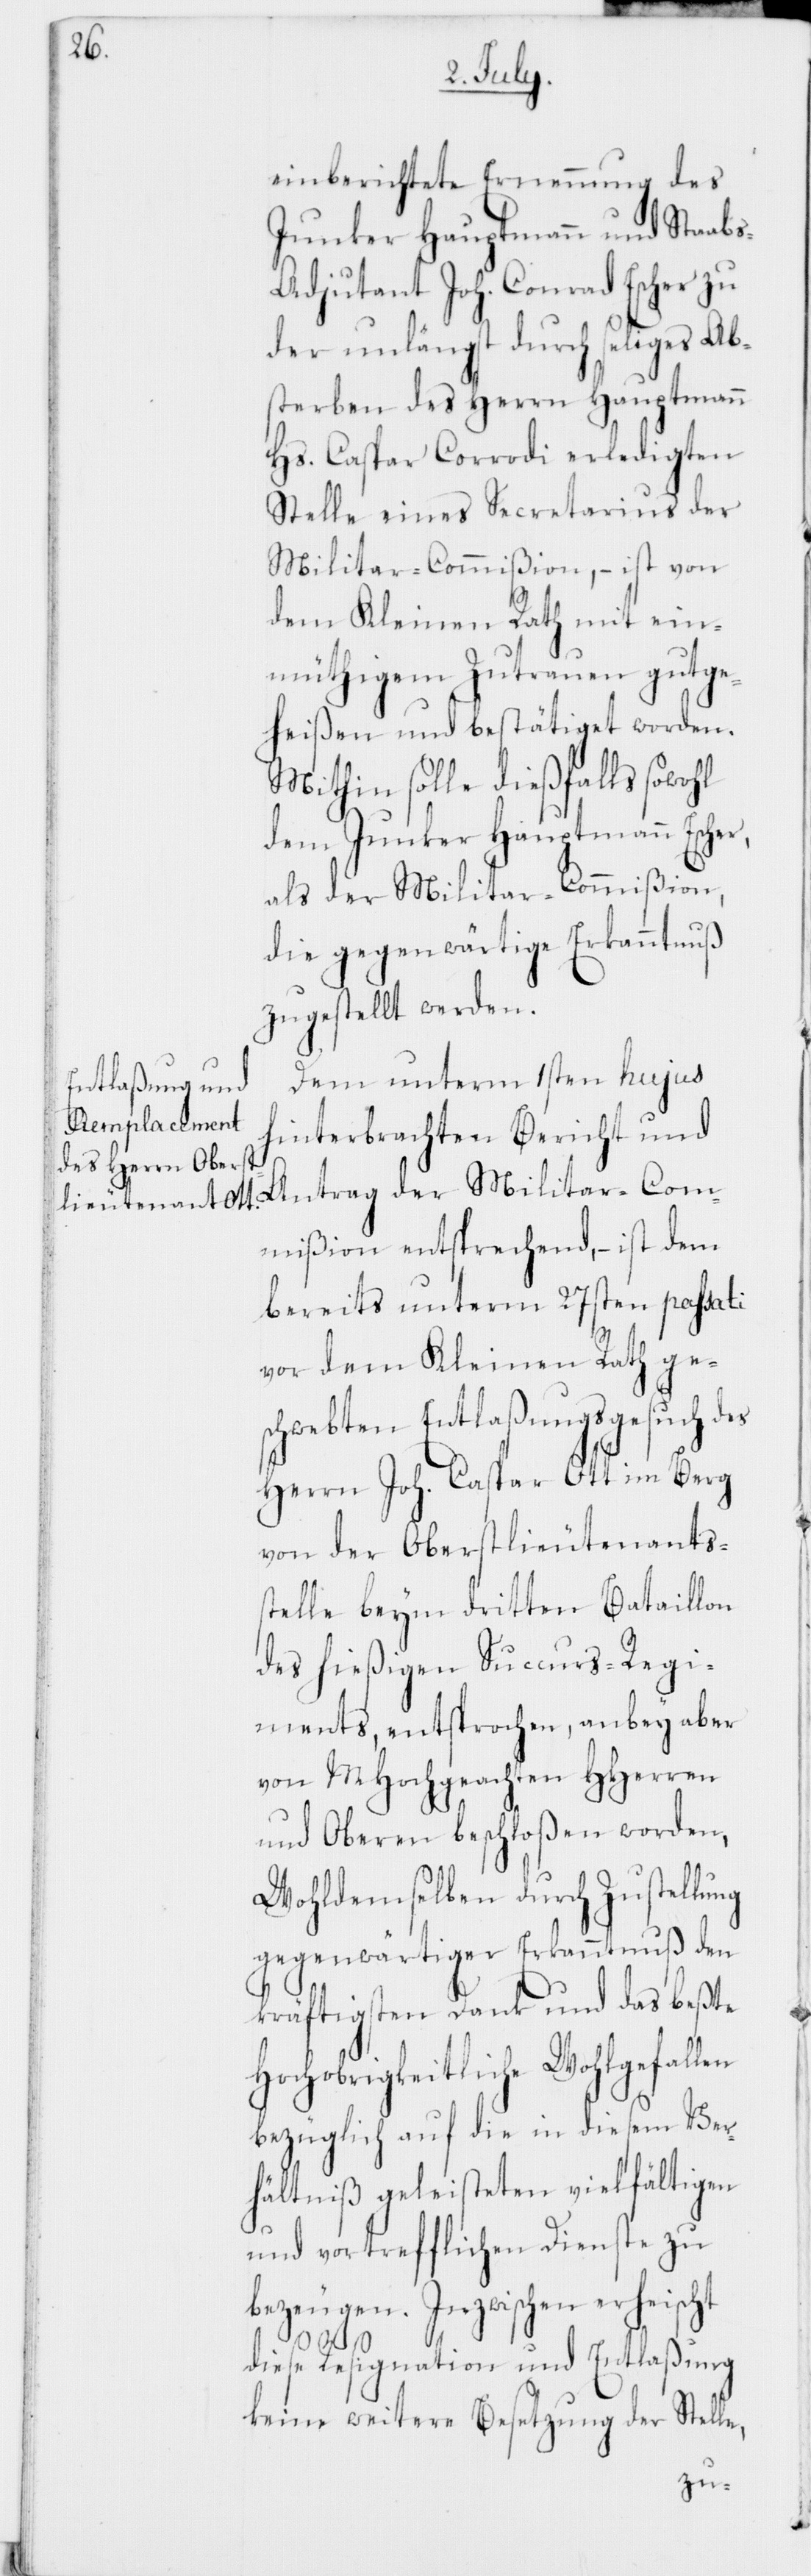
einberichtete Ernennung des
Junker Hauptmann und Staab¬
s-Adjutant Joh. Conrad Escher zu
der unlängst durch seliges Ab¬
sterben des Herrn Hauptmann
Hs. Caspar Corrodi erledigten
Stelle eines Secretarius der
Militar-Commißion, – ist von
dem Kleinen Rath mit ein¬
müthigem Zutrauen gutge¬
heißen und bestätiget worden.
Mithin solle dießfalls sowohl
dem Junker Hauptmann Escher,
als der Militar-Commißion,
die gegenwärtige Erkanntnuß
zugestellt werden.
Dem unterm 1sten hujus
hinterbrachten Bericht und
Antrag der Militar-Com¬
mißion entsprechend, – ist dem
bereits unterm 27sten passati
vor dem Kleinen Rath ges¬
chwebten Entlaßungsgesuch des
Herrn Joh. Caspar Ott im Berg
von der Oberstlieutenants¬
stelle beim dritten Bataillon
des hießigen Succurs-Regi¬
ments, entsprochen, anbey aber
von MHochgeachten HHerren
und Oberen beschloßen worden,
Wohldemselben durch Zustellung
gegenwärtiger Erkanntnuß den
kräftigsten Dank und das beßte
Hochobrigkeitliche Wohlgefallen
bezüglich auf die in diesem Ver¬
hältniß geleisteten vielfältigen
und vortrefflichen Dienste zu
bezeugen. Inzwischen erheischt
diese Resignation und Entlaßung
keine weitere Besetzung der Stelle,